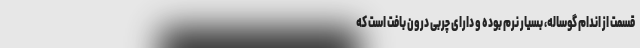
قسمت از اندام گوساله، بسیار نرم بوده و دارای چربی درون بافت است که